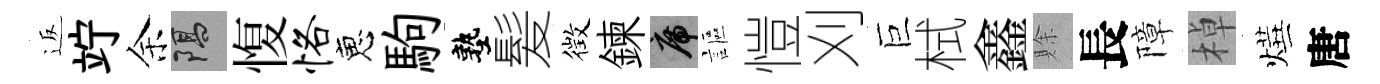
返竚余隔愎恪恵駒塾髪徴鍊席謳愷刈巨栻鑫賖長障棹燁唐